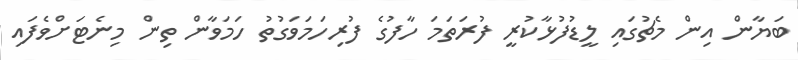
ބަޔާން އިން މެޗުގައި ލީޑުފުޅާކުރީ ފުރަތަމަ ހާފުގެ ފުރިހަމަވަގުތު ހަމަވާން ތިން މިނެޓަށްވެފައި